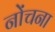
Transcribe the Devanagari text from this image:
नोंचना